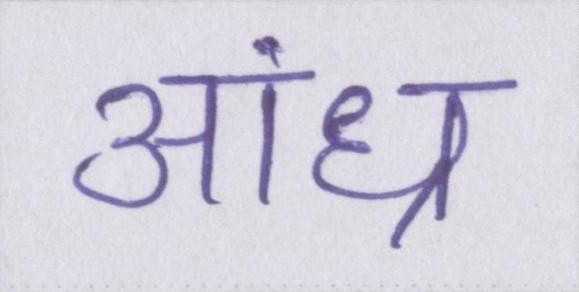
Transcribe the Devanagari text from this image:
आंध्र